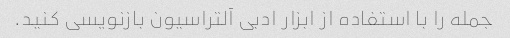
جمله را با استفاده از ابزار ادبی آلتراسیون بازنویسی کنید.